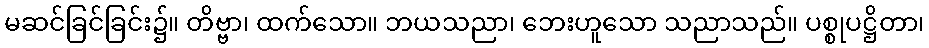
မဆင်ခြင်ခြင်း၌။ တိဗ္ဗာ၊ ထက်သော။ ဘယသညာ၊ ဘေးဟူသော သညာသည်။ ပစ္စုပဋ္ဌိတာ၊